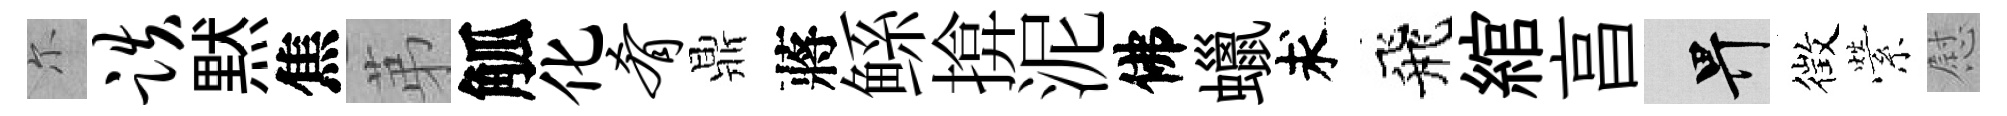
尓跌黙焦苐觚化肴鼎蔣鲧揜泥佛蠟求飛綰亯畀徴縈慰